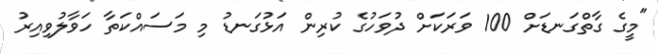
"މީގެ ގާތްގަނޑަށް 100 ވަރަކަށް ދުވަހުގެ ކުރިން އަޅުގަނޑު މި މަސައްކަތާ ހަވާލުވިއިރު